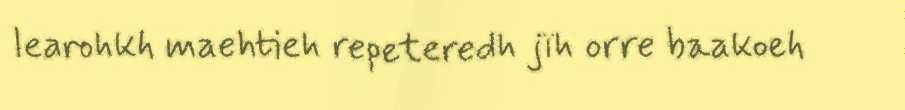
learohkh maehtieh repeteredh jïh orre baakoeh